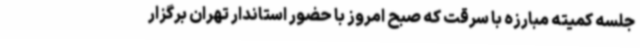
جلسه کمیته مبارزه با سرقت که صبح امروز با حضور استاندار تهران برگزار